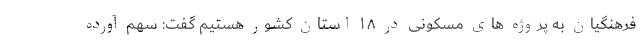
فرهنگیان به پروژه های مسکونی در ۱۸ استان کشور هستیم گفت: سهم آورده